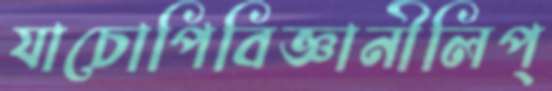
যাচোপিবিজ্ঞানীলিপ্